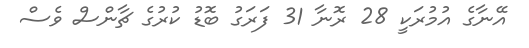
އޭނާގެ އުމުރަކީ 28 ރޮނާ 31 ފަރަގު ބޮޑު ކުރުގެ ޗާންސް ވެސް